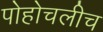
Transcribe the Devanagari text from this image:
पोहोचलीच